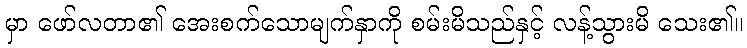
မှာ ဖော်လတာ၏ အေးစက်သောမျက်နှာကို စမ်းမိသည်နှင့် လန့်သွားမိ သေး၏။